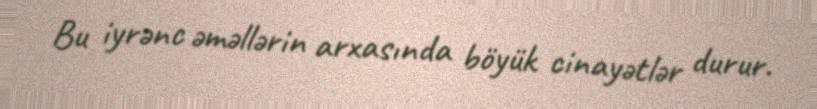
Bu iyrənc əməllərin arxasında böyük cinayətlər durur.